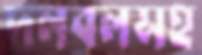
দলবলসহ